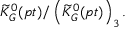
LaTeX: \widetilde { K } _ { G } ^ { 0 } ( p t ) / \left( \widetilde { K } _ { G } ^ { 0 } ( p t ) \right) _ { 3 } .